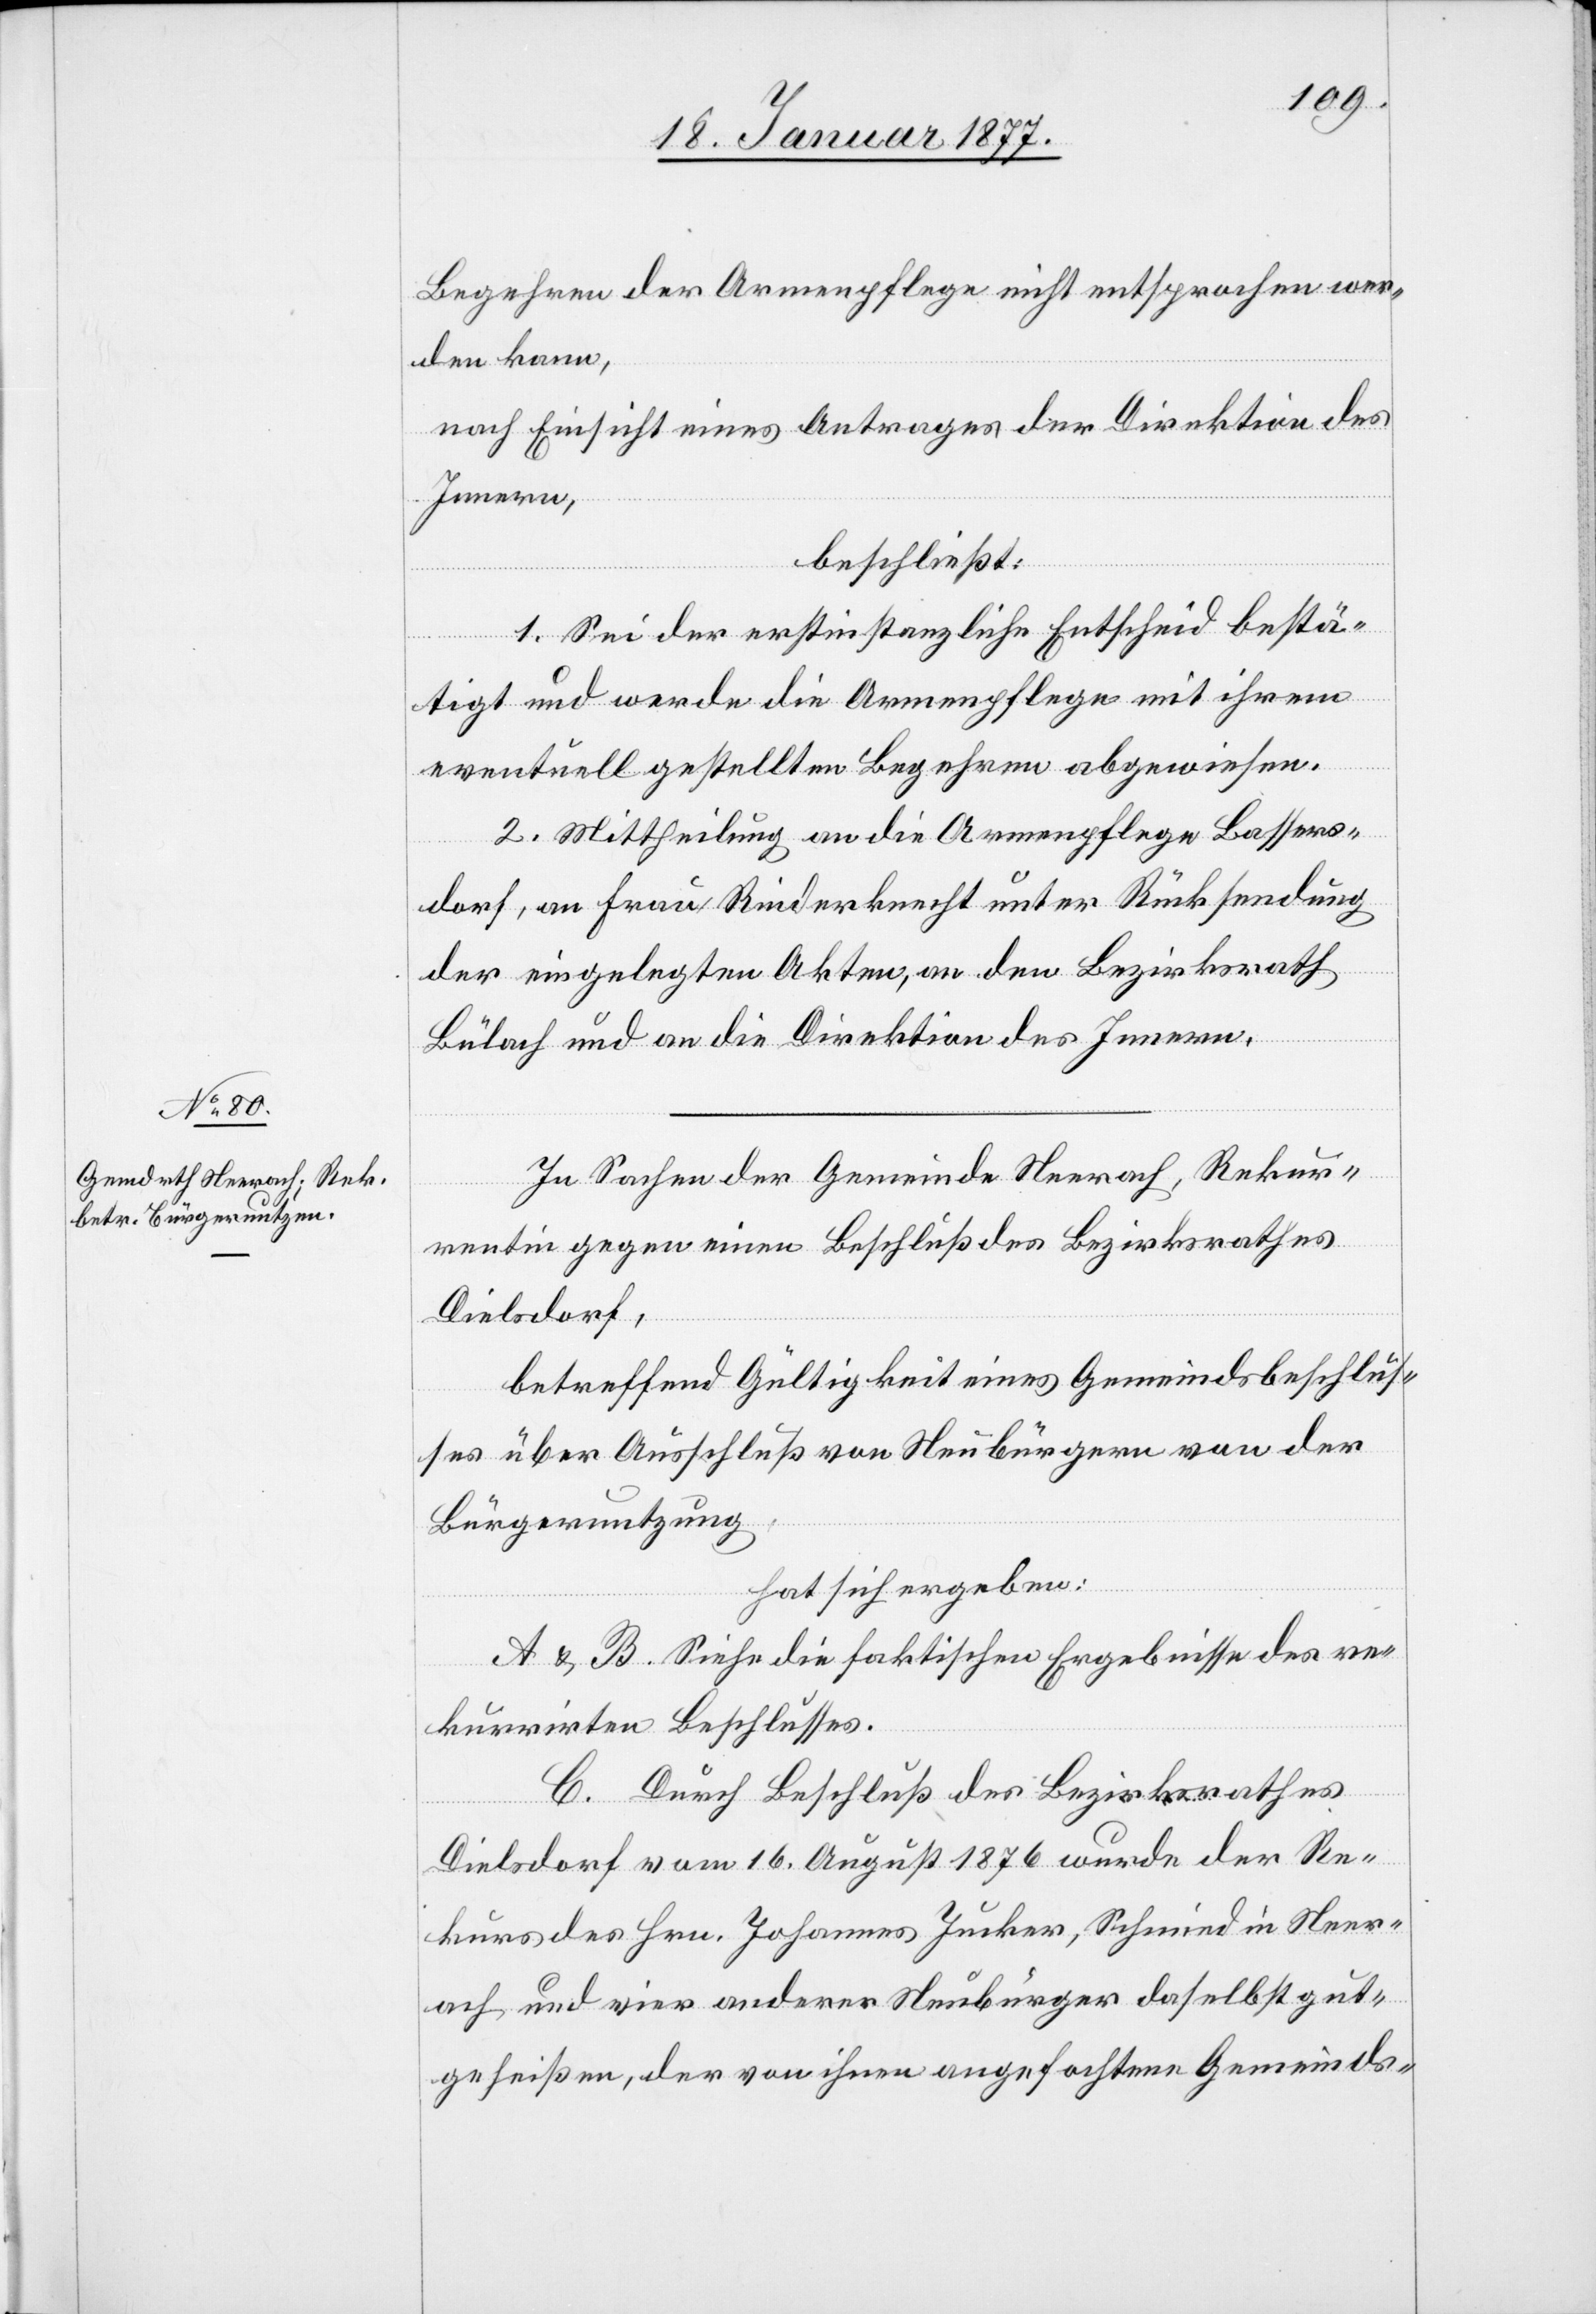
Begehren der Armenpflege nicht entsprochen wer¬
den kann,
nach Einsicht eines Antrages der Direktion des
Innern,
beschließt:
1. Sei der erstinstanzliche Entscheid bestä¬
tigt und werde die Armenpflege mit ihrem
eventuell gestellten Begehren abgewiesen.
2. Mittheilung an die Armenpflege Bassers¬
dorf, an Frau Rinderknecht unter Rücksendung
der eingelegten Akten, an den Bezirksrath
Bülach und an die Direktion des Innern.
In Sachen der Gemeinde Neerach, Rekur¬
rentin gegen einen Beschluß des Bezirksrathes
Dielsdorf,
betreffend Gültigkeit eines Gemeindsbeschlus¬
ses über Ausschluß von Neubürgern von der
Bürgernutzung,
hat sich ergeben:
A & B. Siehe die faktischen Ergebnisse des re¬
kurrirten Beschlusses.
C. Durch Beschluß des Bezirksrathes
Dielsdorf vom 16. August 1876 wurde der Re¬
kurs des Hrn. Johannes Junker, Schmid in Neer¬
ach und vier anderer Neubürger daselbst gut¬
geheißen, der von ihnen angefochtene Gemeinds-